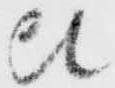
比